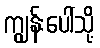
ကျွန်းပေါ်သို့